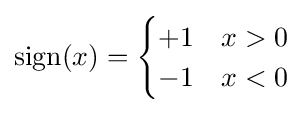
{\text{sign}}(x)={\begin{cases}+1&x>0\\-1&x<0\end{cases}}